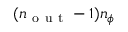
( n _ { \mathrm { ~ o ~ u ~ t ~ } } - 1 ) n _ { \phi }